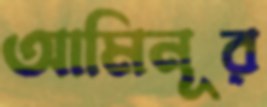
আমিনূর